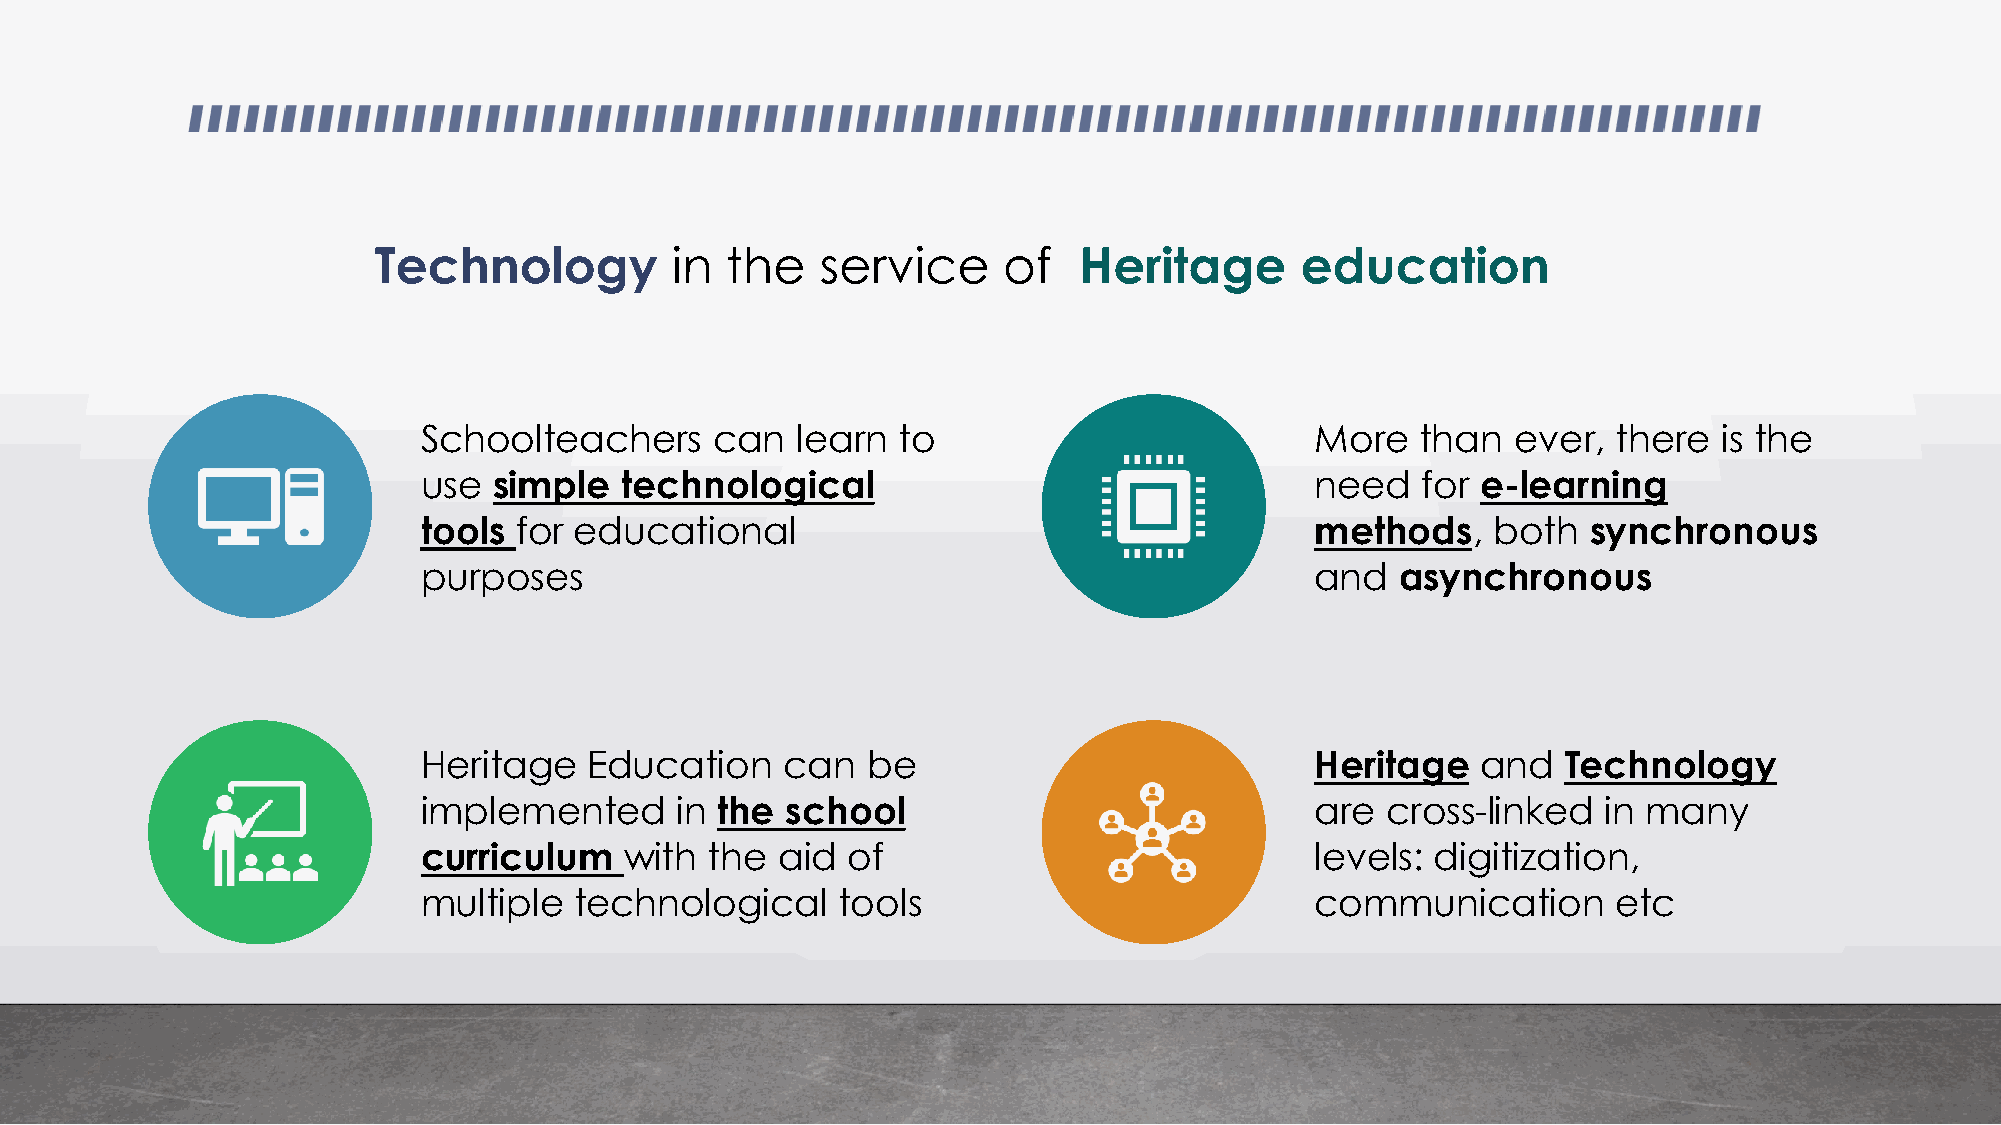
Technology         in  the   service     of   Heritage       education
 Schoolteachers     can   learn to                          More   than  ever,  there  is the
 use  simple  technological                                 need   for e-learning
 tools for educational                                      methods,    both  synchronous
 purposes                                                   and   asynchronous
 Heritage   Education    can  be                            Heritage   and   Technology
 implemented      in the school                             are  cross-linked  in many
 curriculum   with  the  aid of                             levels: digitization,
 multiple  technological    tools                           communication       etc